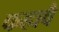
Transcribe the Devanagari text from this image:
कहावै